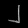
Digit: ၂